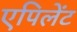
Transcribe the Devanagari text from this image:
एपिलेंट